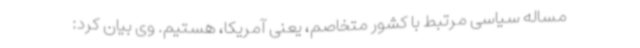
مساله سیاسی مرتبط با کشور متخاصم، یعنی آمریکا، هستیم. وی بیان کرد: